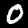
Digit: 0